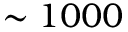
\sim 1 0 0 0